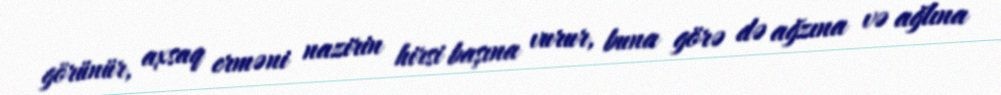
görünür, axsaq erməni nazirin hirsi başına vurur, buna görə də ağzına və ağlına